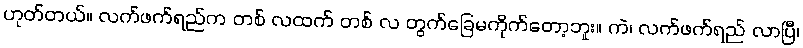
ဟုတ်တယ်။ လက်ဖက်ရည်က တစ် လထက် တစ် လ တွက်ခြေမကိုက်တော့ဘူး။ ကဲ၊ လက်ဖက်ရည် လာပြီ၊